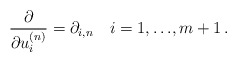
\begin{align*}\frac{\partial }{ \partial u^{(n)}_i} = \partial_{i,n} \quad i=1, {\ldots} ,m+1 \, .\end{align*}